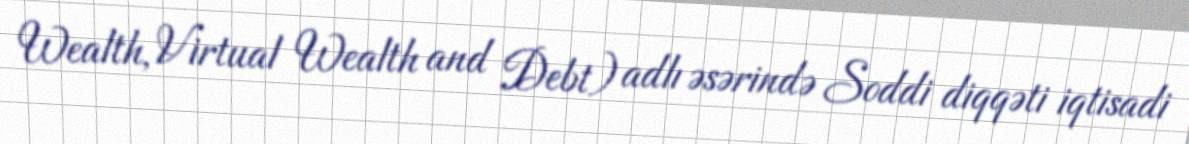
Wealth, Virtual Wealth and Debt) adlı əsərində Soddi diqqəti iqtisadi